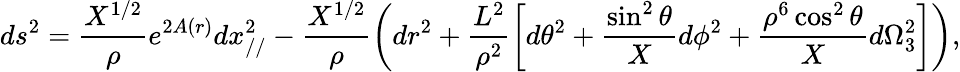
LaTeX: ds^{2}=\frac{X^{1/2}}{\rho}e^{2A(r)}dx_{//}^{2}-\frac{X^{1/2}}{\rho}\left(dr^{2}+\frac{L^{2}}{\rho^{2}}\left[d\theta^{2}+\frac{\sin^{2}\theta}{X}d\phi^{2}+\frac{\rho^{6}\cos^{2}\theta}{X}d\Omega_{3}^{2}\right]\right),